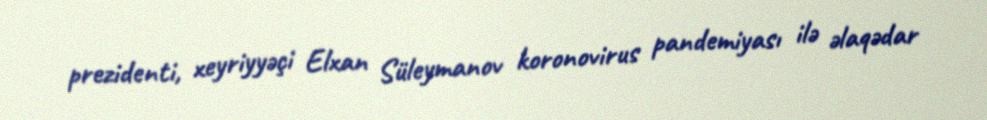
prezidenti, xeyriyyəçi Elxan Süleymanov koronovirus pandemiyası ilə əlaqədar